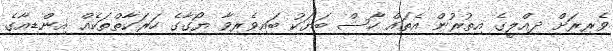
ވެރިރަށް ދިއްލީގެ އިތުރުން އެތައް ހާސް ބަޔަކު ބައިވެރިވާ ޔޯގާގެ ހަރަކާތްތަކެއް އިންޑިއާގެ